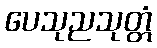
ပေသုညသုတ္တံ